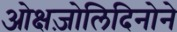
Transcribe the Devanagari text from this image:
ओक्षज़ोलिदिनोने